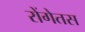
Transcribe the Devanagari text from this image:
रोंगेतस